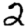
Digit: 2